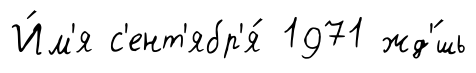
И́м'я с'ент'ябр'я́ 1971 жд'́шь